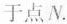
于点N。